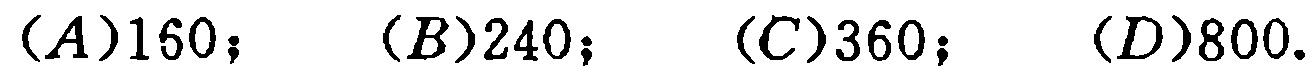
$(A)160;\quad (B)240;\quad (C)360;\quad (D)800.$